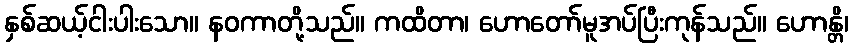
နှစ်ဆယ့်ငါးပါးသော။ နဝကာတို့သည်။ ကထိတာ၊ ဟောတော်မူအပ်ပြီးကုန်သည်။ ဟောန္တိ၊